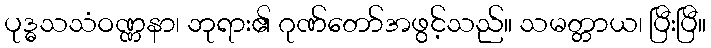
ပုဒ္ဓသသံဝဏ္ဏနာ၊ ဘုရား၏ ဂုဏ်တော်အဖွင့်သည်။ သမတ္တာယ၊ ပြီးပြီ။